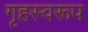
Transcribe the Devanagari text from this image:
गृहस्वरूप